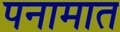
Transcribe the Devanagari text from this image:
पनामात